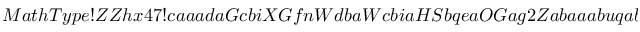
M a t h T y p e ! Z Z h x 4 7 ! c a a a d a G c b i X G f n W d b a W c b i a H S b q e a O G a g 2 Z a b a a a b u q a b e G a c a a a b i